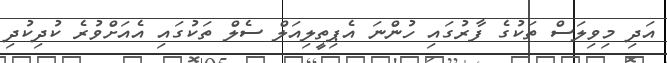
އަދި މިވިލަސް ތަކުގެ ފާރުގައި ހުންނަ އެޕިތީލިއަލް ސެލް ތަކުގައި އެއަށްވުރެ ކުދިކުދި